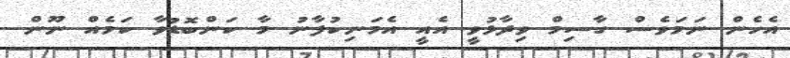
އެހެން ނަމަވެސް ގާސިމް ވިދާޅުވީ އެއީ އެމަނިކުފާނު މާ ކަންބޮޑުވާ ކަމެއް ނޫން